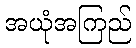
အယုံအကြည်